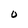
Character: O